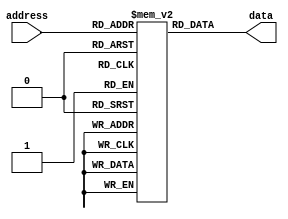
module ROM (
    input wire [N-1:0] address,
    output reg [M-1:0] data
);

parameter N = 8; // Number of address bits
parameter M = 8; // Number of data bits

reg [M-1:0] memory [0:2**N-1]; // Memory block with 2^N address locations

initial begin
    // Initialize memory with data values
    memory[0] = 8'hFF; // Example data for address 0
    memory[1] = 8'hAA; // Example data for address 1
    // Add more initializations as needed
end

always @(*) begin
    // Read data from memory block based on input address
	data = memory[address];
end

endmodule